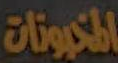
المخيونات